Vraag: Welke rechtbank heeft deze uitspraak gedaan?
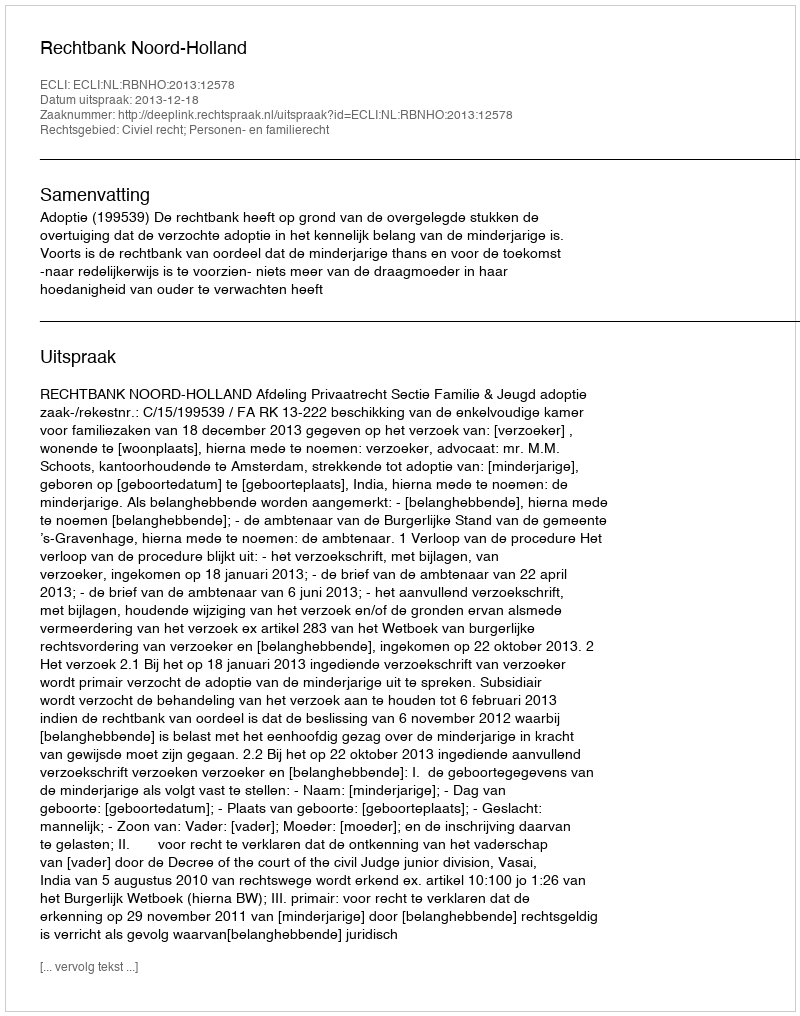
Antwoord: Rechtbank Noord-Holland